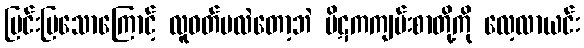
ပြင်းပြသောကြောင့် လူဝတ်မလဲတော့ဘဲ ပိဋကကျမ်းစာတို့ကို လေ့လာယင်း